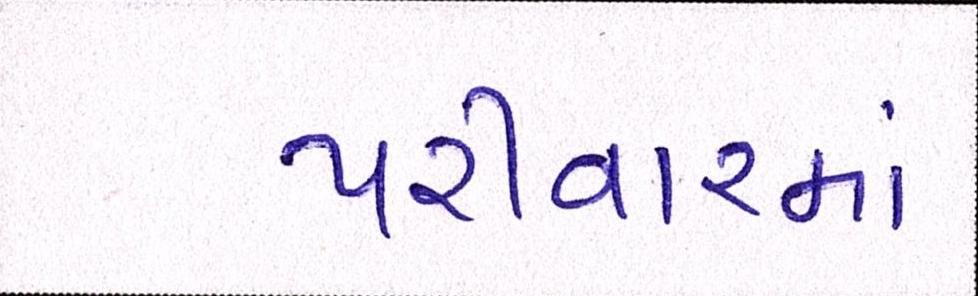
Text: પરીવારમાં